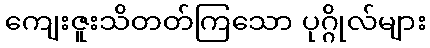
ကျေးဇူးသိတတ်ကြသော ပုဂ္ဂိုလ်များ